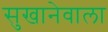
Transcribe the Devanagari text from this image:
सुखानेवाला